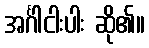
အင်္ဂါငါးပါး ဆို၏။